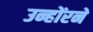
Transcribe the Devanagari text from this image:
उन्होंरने